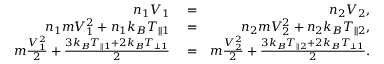
\begin{array} { r l r } { n _ { 1 } V _ { 1 } } & { { } = } & { n _ { 2 } V _ { 2 } , } \\ { n _ { 1 } m V _ { 1 } ^ { 2 } + n _ { 1 } k _ { B } T _ { \parallel 1 } } & { { } = } & { n _ { 2 } m V _ { 2 } ^ { 2 } + n _ { 2 } k _ { B } T _ { \parallel 2 } , } \\ { m \frac { V _ { 1 } ^ { 2 } } { 2 } + \frac { 3 k _ { B } T _ { \parallel 1 } + 2 k _ { B } T _ { \perp 1 } } { 2 } } & { { } = } & { m \frac { V _ { 2 } ^ { 2 } } { 2 } + \frac { 3 k _ { B } T _ { \parallel 2 } + 2 k _ { B } T _ { \perp 1 } } { 2 } . } \end{array}